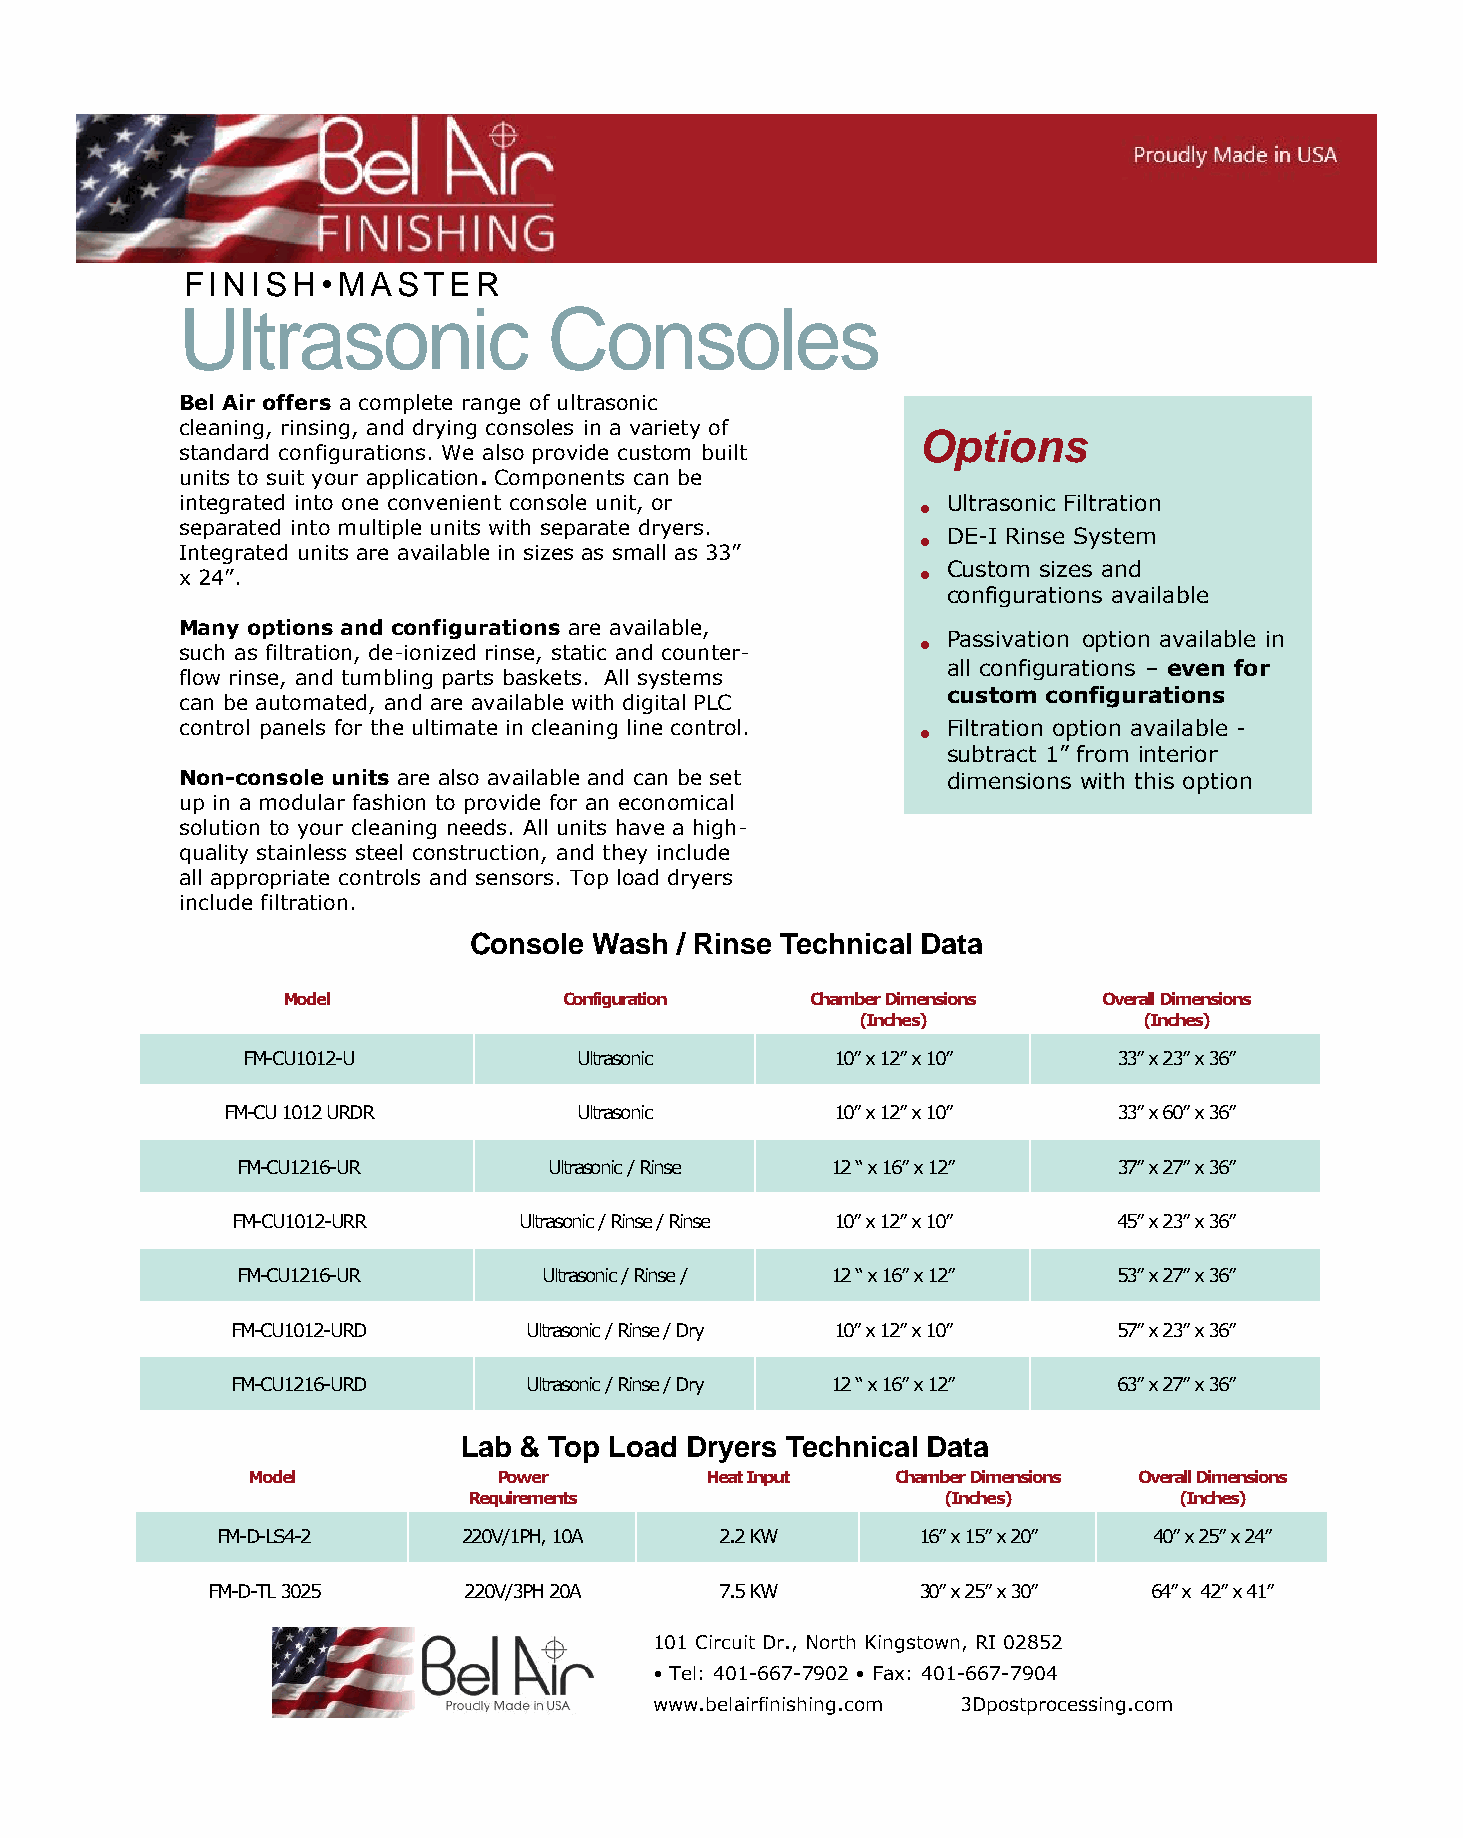
FINISH•MASTER
 Ultrasonic              Consoles
 Bel Air offers a complete range of ultrasonic
 cleaning, rinsing, and drying consoles in a variety of
 Options
 standard configurations. We also provide custom built
 units to suit your application. Components can be
 integrated into one convenient console unit, or  • Ultrasonic Filtration
 separated into multiple units with separate dryers.
 • DE-I Rinse System
 Integrated units are available in sizes as small as 33”
 • Custom sizes and
 x 24”.
 configurations available
 Many options and configurations are available,
 • Passivation option available in
 such as filtration, de-ionized rinse, static and counter-
 all configurations – even for
 flow rinse, and tumbling parts baskets. All systems
 custom configurations
 can be automated, and are available with digital PLC
 control panels for the ultimate in cleaning line control. • Filtration option available -
 subtract 1” from interior
 Non-console units are also available and can be set dimensions with this option
 up in a modular fashion to provide for an economical
 solution to your cleaning needs. All units have a high-
 quality stainless steel construction, and they include
 all appropriate controls and sensors. Top load dryers
 include filtration.
 Console Wash  / Rinse Technical Data
 Model             Configuration    Chamber Dimensions Overall Dimensions
 (Inches)           (Inches)
 FM-CU1012-U           Ultrasonic       10” x 12” x 10”    33” x 23” x 36”
 FM-CU 1012 URDR        Ultrasonic       10” x 12” x 10”    33” x 60” x 36”
 FM-CU1216-UR        Ultrasonic / Rinse 12 “ x 16” x 12”   37” x 27” x 36”
 FM-CU1012-URR      Ultrasonic / Rinse / Rinse 10” x 12” x 10” 45” x 23” x 36”
 FM-CU1216-UR        Ultrasonic / Rinse / 12 “ x 16” x 12” 53” x 27” x 36”
 FM-CU1012-URD       Ultrasonic / Rinse / Dry 10” x 12” x 10” 57” x 23” x 36”
 FM-CU1216-URD       Ultrasonic / Rinse / Dry 12 “ x 16” x 12” 63” x 27” x 36”
 Lab & Top Load Dryers Technical Data
 Model            Power         Heat Input  Chamber Dimensions Overall Dimensions
 Requirements                    (Inches)       (Inches)
 FM-D-LS4-2       220V/1PH, 10A    2.2 KW       16” x 15” x 20” 40” x 25” x 24”
 FM-D-TL 3025     220V/3PH 20A     7.5 KW       30” x 25” x 30” 64” x 42” x 41”
 101 Circuit Dr., North Kingstown, RI 02852
 • Tel: 401-667-7902 • Fax: 401-667-7904
 www.belairfinishing.com 3Dpostprocessing.com